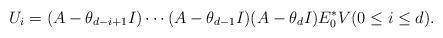
LaTeX: \begin{align*}U_i = (A-\theta_{d-i+1}I) \cdots (A-\theta_{d-1}I)(A-\theta_{d}I) E^*_0V (0\leq i \leq d).\end{align*}